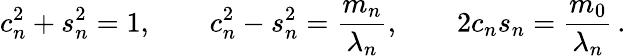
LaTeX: c_{n}^{2}+s_{n}^{2}=1,\qquad c_{n}^{2}-s_{n}^{2}=\frac{m_{n}}{\lambda_{n}},\qquad 2c_{n}s_{n}=\frac{m_{0}}{\lambda_{n}}\, .